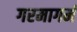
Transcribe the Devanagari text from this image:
गरमागर्म